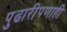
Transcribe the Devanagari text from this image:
पुढारीपणाही